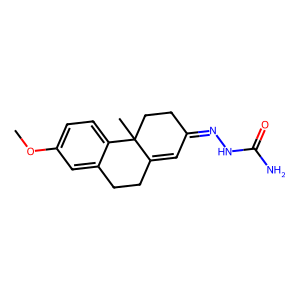
SMILES: COc1ccc2c(c1)CCC1=CC(=NNC(N)=O)CCC12C
Inhibits HIV replication: No